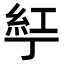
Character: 𬻤